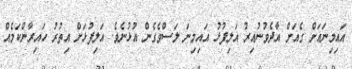
އައިމިނައަށް ގެއަށް އާދެވުނުއިރު އަލިފުޅު އައިމިނަ ލަސްވެގެން އުޅުނެވެ. އަލިފުޅަށް އިތުރު ހައިރާންކަމެއް